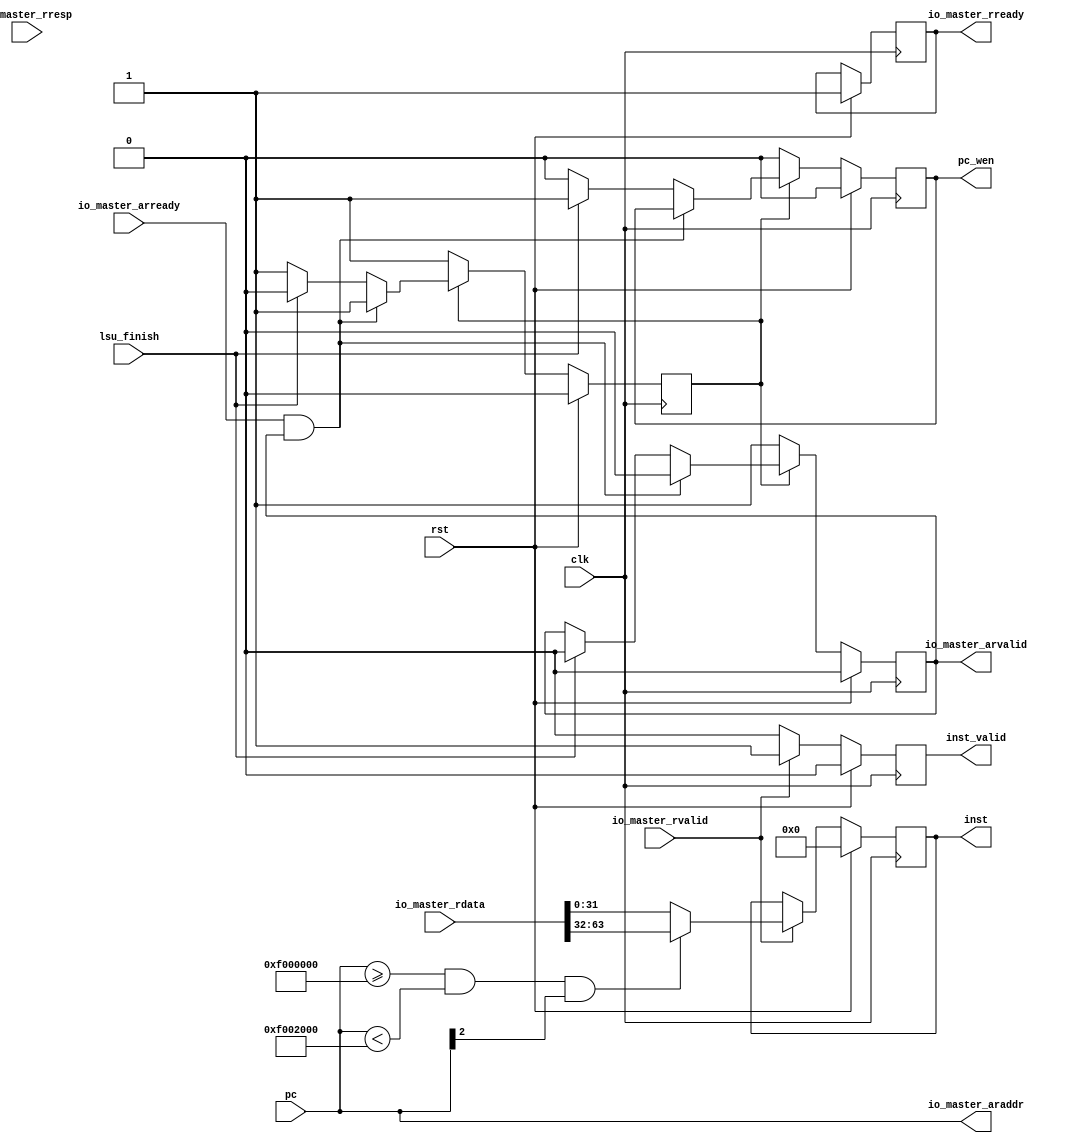
module ysyx_20020207_IFU(
  input clk, rst, lsu_finish,
  input [31:0] pc,

  input  io_master_arready,
  output reg io_master_arvalid,
  output [31:0] io_master_araddr,
  
  output reg io_master_rready,
  input  io_master_rvalid,
  input  [1:0] io_master_rresp,
  input  [63:0] io_master_rdata,

  output reg[31:0] inst,
  output reg pc_wen, inst_valid
);
reg wait_ready;

assign io_master_araddr = pc;

reg [31:0] _rdata;
always@(*)begin
  if(pc >= 32'h0f000000 && pc < 32'h0f002000 && pc[2] == 1)
    _rdata = io_master_rdata[63:32];
  else 
    _rdata = io_master_rdata[31:0];
end


always@(posedge clk)begin
  if(rst)begin
    inst <= 0;
    inst_valid <= 0;
    io_master_rready <= 1;
  end
  else if(io_master_rvalid)begin
    inst <= _rdata;
    inst_valid <= 1;
  end
  else begin
    inst_valid <= 0;
  end
end

always@(posedge clk)begin
  if(rst)begin
    io_master_arvalid <= 0;
    wait_ready <= 0;
    pc_wen <= 0;
  end
  else begin
    if(!wait_ready)begin
        io_master_arvalid <= 1;
        wait_ready <= 1;
        pc_wen <= 0;
    end
    else begin
        if(io_master_arready && io_master_arvalid)begin
          io_master_arvalid <= 0;
        end
        else if(lsu_finish)begin
          io_master_arvalid <= 0;
          wait_ready <= 0;
          pc_wen <= 1;
        end
        else begin
          pc_wen <= 0;
        end
      end
  end
end


endmodule